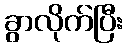
ခွာလိုက်ပြီး